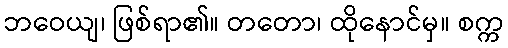
ဘဝေယျ၊ ဖြစ်ရာ၏။ တတော၊ ထိုနောင်မှ။ စက္က